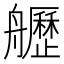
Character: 𦪾